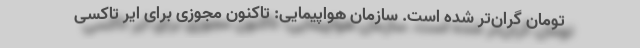
تومان گران‌تر شده است. سازمان هواپیمایی: تاکنون مجوزی برای ایر تاکسی